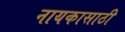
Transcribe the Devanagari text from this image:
नायकासाठी